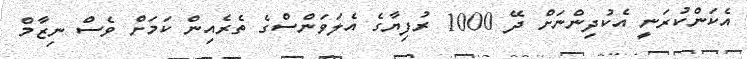
އެކަންކުރަނީ އެކުދިންނަށް ދޭ 1000 ރުފިޔާގެ އެލަވަންސްގެ ތެރެއިން ކަމަށް ވެސް ނިޒާމް